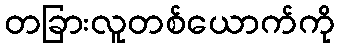
တခြားလူတစ်ယောက်ကို